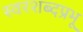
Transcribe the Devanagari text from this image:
स्वरशब्दप्रभू